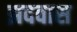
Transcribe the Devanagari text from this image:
झदवास